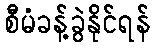
စီမံခန့်ခွဲနိုင်ရန်